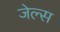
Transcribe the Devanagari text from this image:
जेल्स